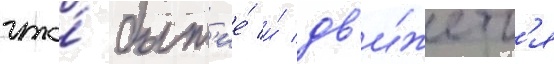
что́ быт'ие́ и́ дв'и́жетс'я